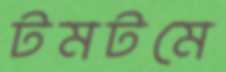
টমটমে